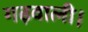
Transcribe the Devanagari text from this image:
गढ़वाली।